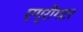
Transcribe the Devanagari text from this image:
एग्रीगटर